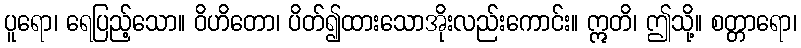
ပူရော၊ ရေပြည့်သော။ ဝိဟိတော၊ ပိတ်၍ထားသောအိုးလည်းကောင်း။ ဣတိ၊ ဤသို့။ စတ္တာရော၊